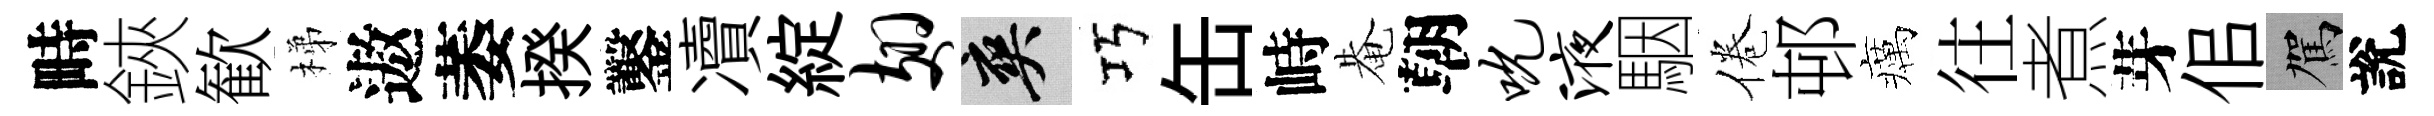
畤鋏歓梯遨萎揆鑿凟綻翅爽巧缶峙𤲅朝吮液駰倦邨癘往煮芽佀駕說